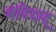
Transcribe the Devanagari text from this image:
बंदिदाद्